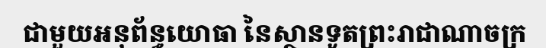
ជាមួយអនុព័ន្ធយោធា នៃស្ថានទូតព្រះរាជាណាចក្រ